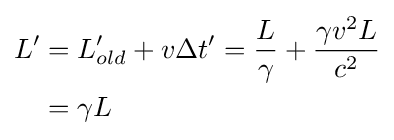
{\begin{aligned}L'&=L'_{old}+v\Delta t'={\frac {L}{\gamma }}+{\frac {\gamma v^{2}L}{c^{2}}}\\&=\gamma L\end{aligned}}